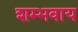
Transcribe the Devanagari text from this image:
शम्भवाय